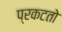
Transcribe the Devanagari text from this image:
प्रकटतो